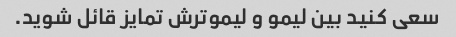
سعی کنید بین لیمو و لیموترش تمایز قائل شوید.